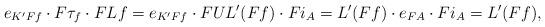
LaTeX: \begin{align*} {e}_{K'Ff}\cdot{}F\tau_f\cdot{}F{L}f= {e}_{K'Ff}\cdot{}FUL'({Ff})\cdot{}Fi_A= L'({Ff})\cdot{}{e}_{FA}\cdot{}Fi_A=L'({Ff}), \end{align*}